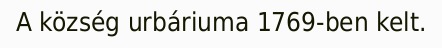
A község urbáriuma 1769-ben kelt.